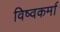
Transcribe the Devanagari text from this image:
विष्वकर्मा